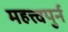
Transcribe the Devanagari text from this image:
महत्त्वपुर्न